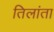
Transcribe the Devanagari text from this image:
तिलांता